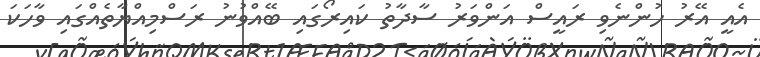
އެއީ އޭރު ހުންނެވި ރައީސް އަންވަރު ސާދާތު ކައިރޯގައި ބޭއްވުނު ރަސްމިއްޔާތެއްގައި ވާހަކަ